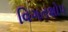
વિગતશોપ